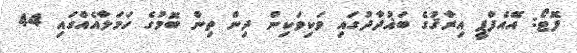
ފޮޓޯ: އޭއެފްޕީ އިރާޤުގެ ބަޣުދާދުގައި ވަކިވަކިން ދިން ތިން ބޮމުގެ ހަމަލާއެއްގައި 44